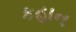
કહાન